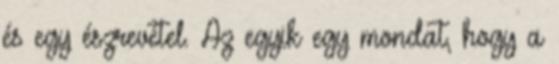
és egy észrevétel. Az egyik egy mondat, hogy a